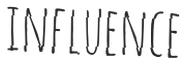
INFLUENCE